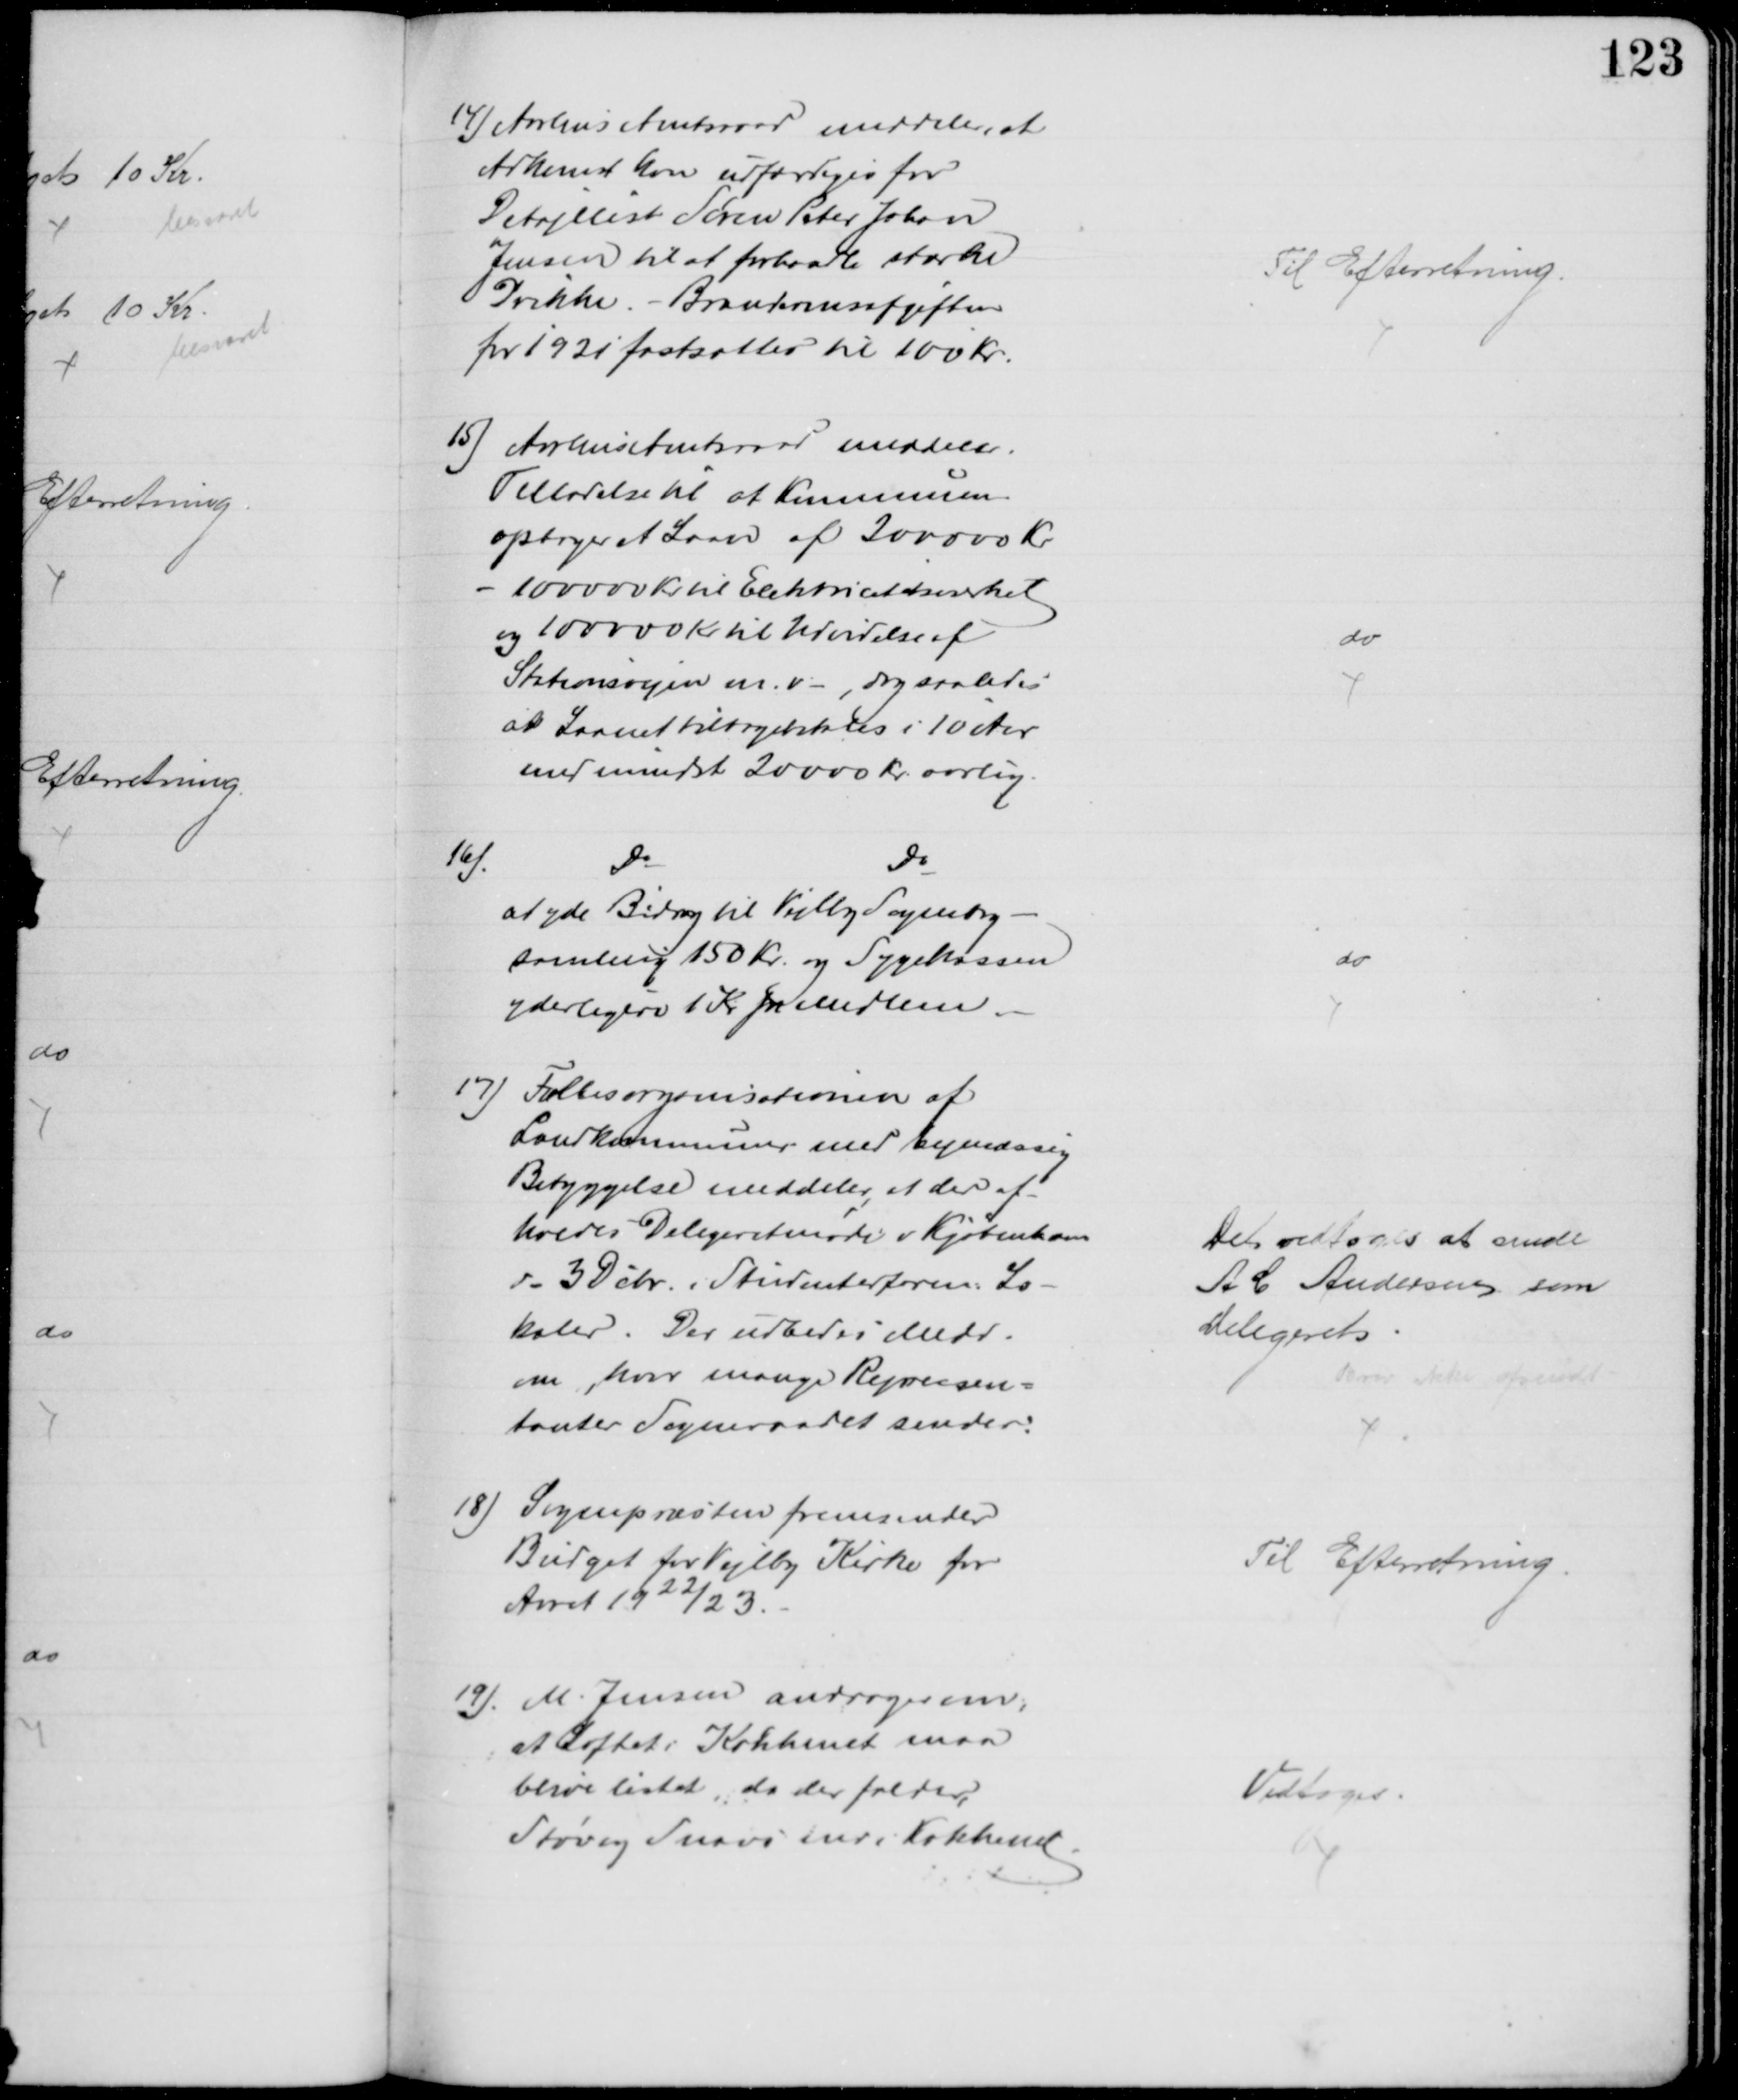
Transskription:
14) Aarhus Amtsraad meddeler, at
Adkomst kan udfærdiges for
Detajllist Søren Peter Johan
Jensen til at forhandle stærke
Drikke. - Brændevinsafgiften
for 1921 fastsattes til 100 Kr.
Til Efterretning.
15) Aarhus Amtsraad meddeler,
Tilladelse til at Kommunen
optager et Laan af 200000 Kr
- 100000 Kr. til Elektricitetsværket
og 100000 Kr til Udvidelse af
Stationsvejen m. v. dog saaledes
at Laanet tilbagebetales i 10 Aar
med mindst 20000 Kr. aarlig.
do
16)
Do
Do
at yde Bidrag til Vejlby Sognebog-
samling 150 Kr. og Sygekassen
yderligere 1 Kr pr Medlem
do
17) Fællesorganisationen af
Landkommuner med bymæssig
Bebyggelse meddeler, at der af-
holdes Delegeretmøde i Kjøbenhavn
d. 3 Debr. i Studenterforen: Lo-
kaler. Der udbedes Medd.
om, hvor mange Repræsen=
tanter Sogneraadet sender.
Det vedtoges at sende 
A C Andersen som
Delegeret
Brev ikke afsendt
18) Sognepræsten fremsender
Budget for Vejlby Kirke for
Aaret 1922/23.
Til Efterretning.
19). M. Jensen andrager om,
at Loftet i Køkkenet maa
blive listet, da der falder
Støv og Snavs ned i Køkkenet.
Vedtoges.